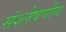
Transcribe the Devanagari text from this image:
संश्लेषणीय